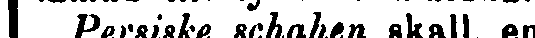
Persiske schahen skall en